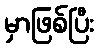
မှာဖြစ်ပြီး